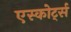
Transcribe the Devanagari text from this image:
एस्कोर्ट्स